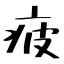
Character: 疲